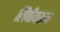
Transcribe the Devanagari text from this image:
लिपीवरून